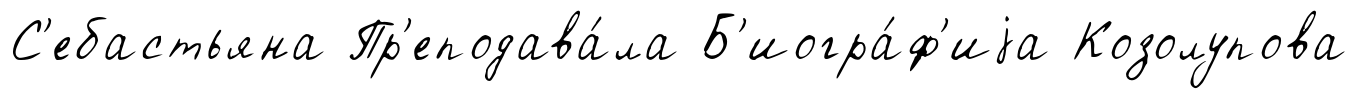
С'ебастьяна Пр'еподава́ла Б'иогра́ф'иjа Козолупова